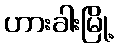
ဟားခါးမြို့